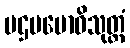
ပဌမဗောဓိသုတ္တံ